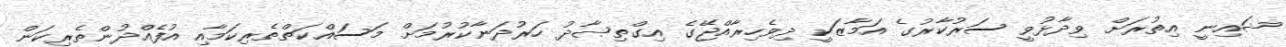
ޝައިނީ އިތުރަށް ވިދާޅުވީ ސަރުކާރުގެ އަމާޒަކީ ދިވެހިރާއްޖޭގެ އިގްތިޞާދު ހަރުދަނާކުރުމަށް މަސައްކަތްތެރިކަމާއި އުފެއްދުންތެރިކަން